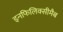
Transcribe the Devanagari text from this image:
इनफिलिक्सीमैब